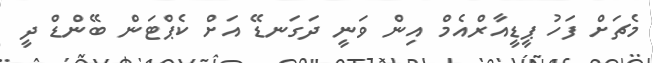
މެޗަށް ފަހު ޕީޑީއާރްއެމް އިން ވަނީ ދަގަނޑޭ އަށް ކެޕްޓަން ބޭންޑް ދީ